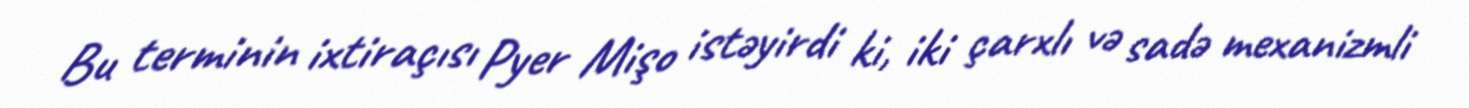
Bu terminin ixtiraçısı Pyer Mişo istəyirdi ki, iki çarxlı və sadə mexanizmli